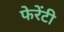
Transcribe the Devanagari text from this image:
फेरेंटी